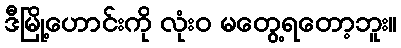
ဒီမြို့ဟောင်းကို လုံး၀ မတွေ့ရတော့ဘူး။